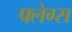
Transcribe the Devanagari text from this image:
फ्लेग्स